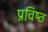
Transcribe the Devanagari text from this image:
प्रविष्‍ठ